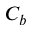
C _ { b }